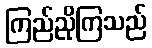
ကြည်ညိုကြသည်